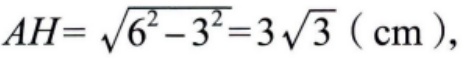
$AH=\sqrt{6^{2}-3^{2}} = 3\sqrt{3}\ (\text{cm}),$